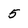
Character: 5